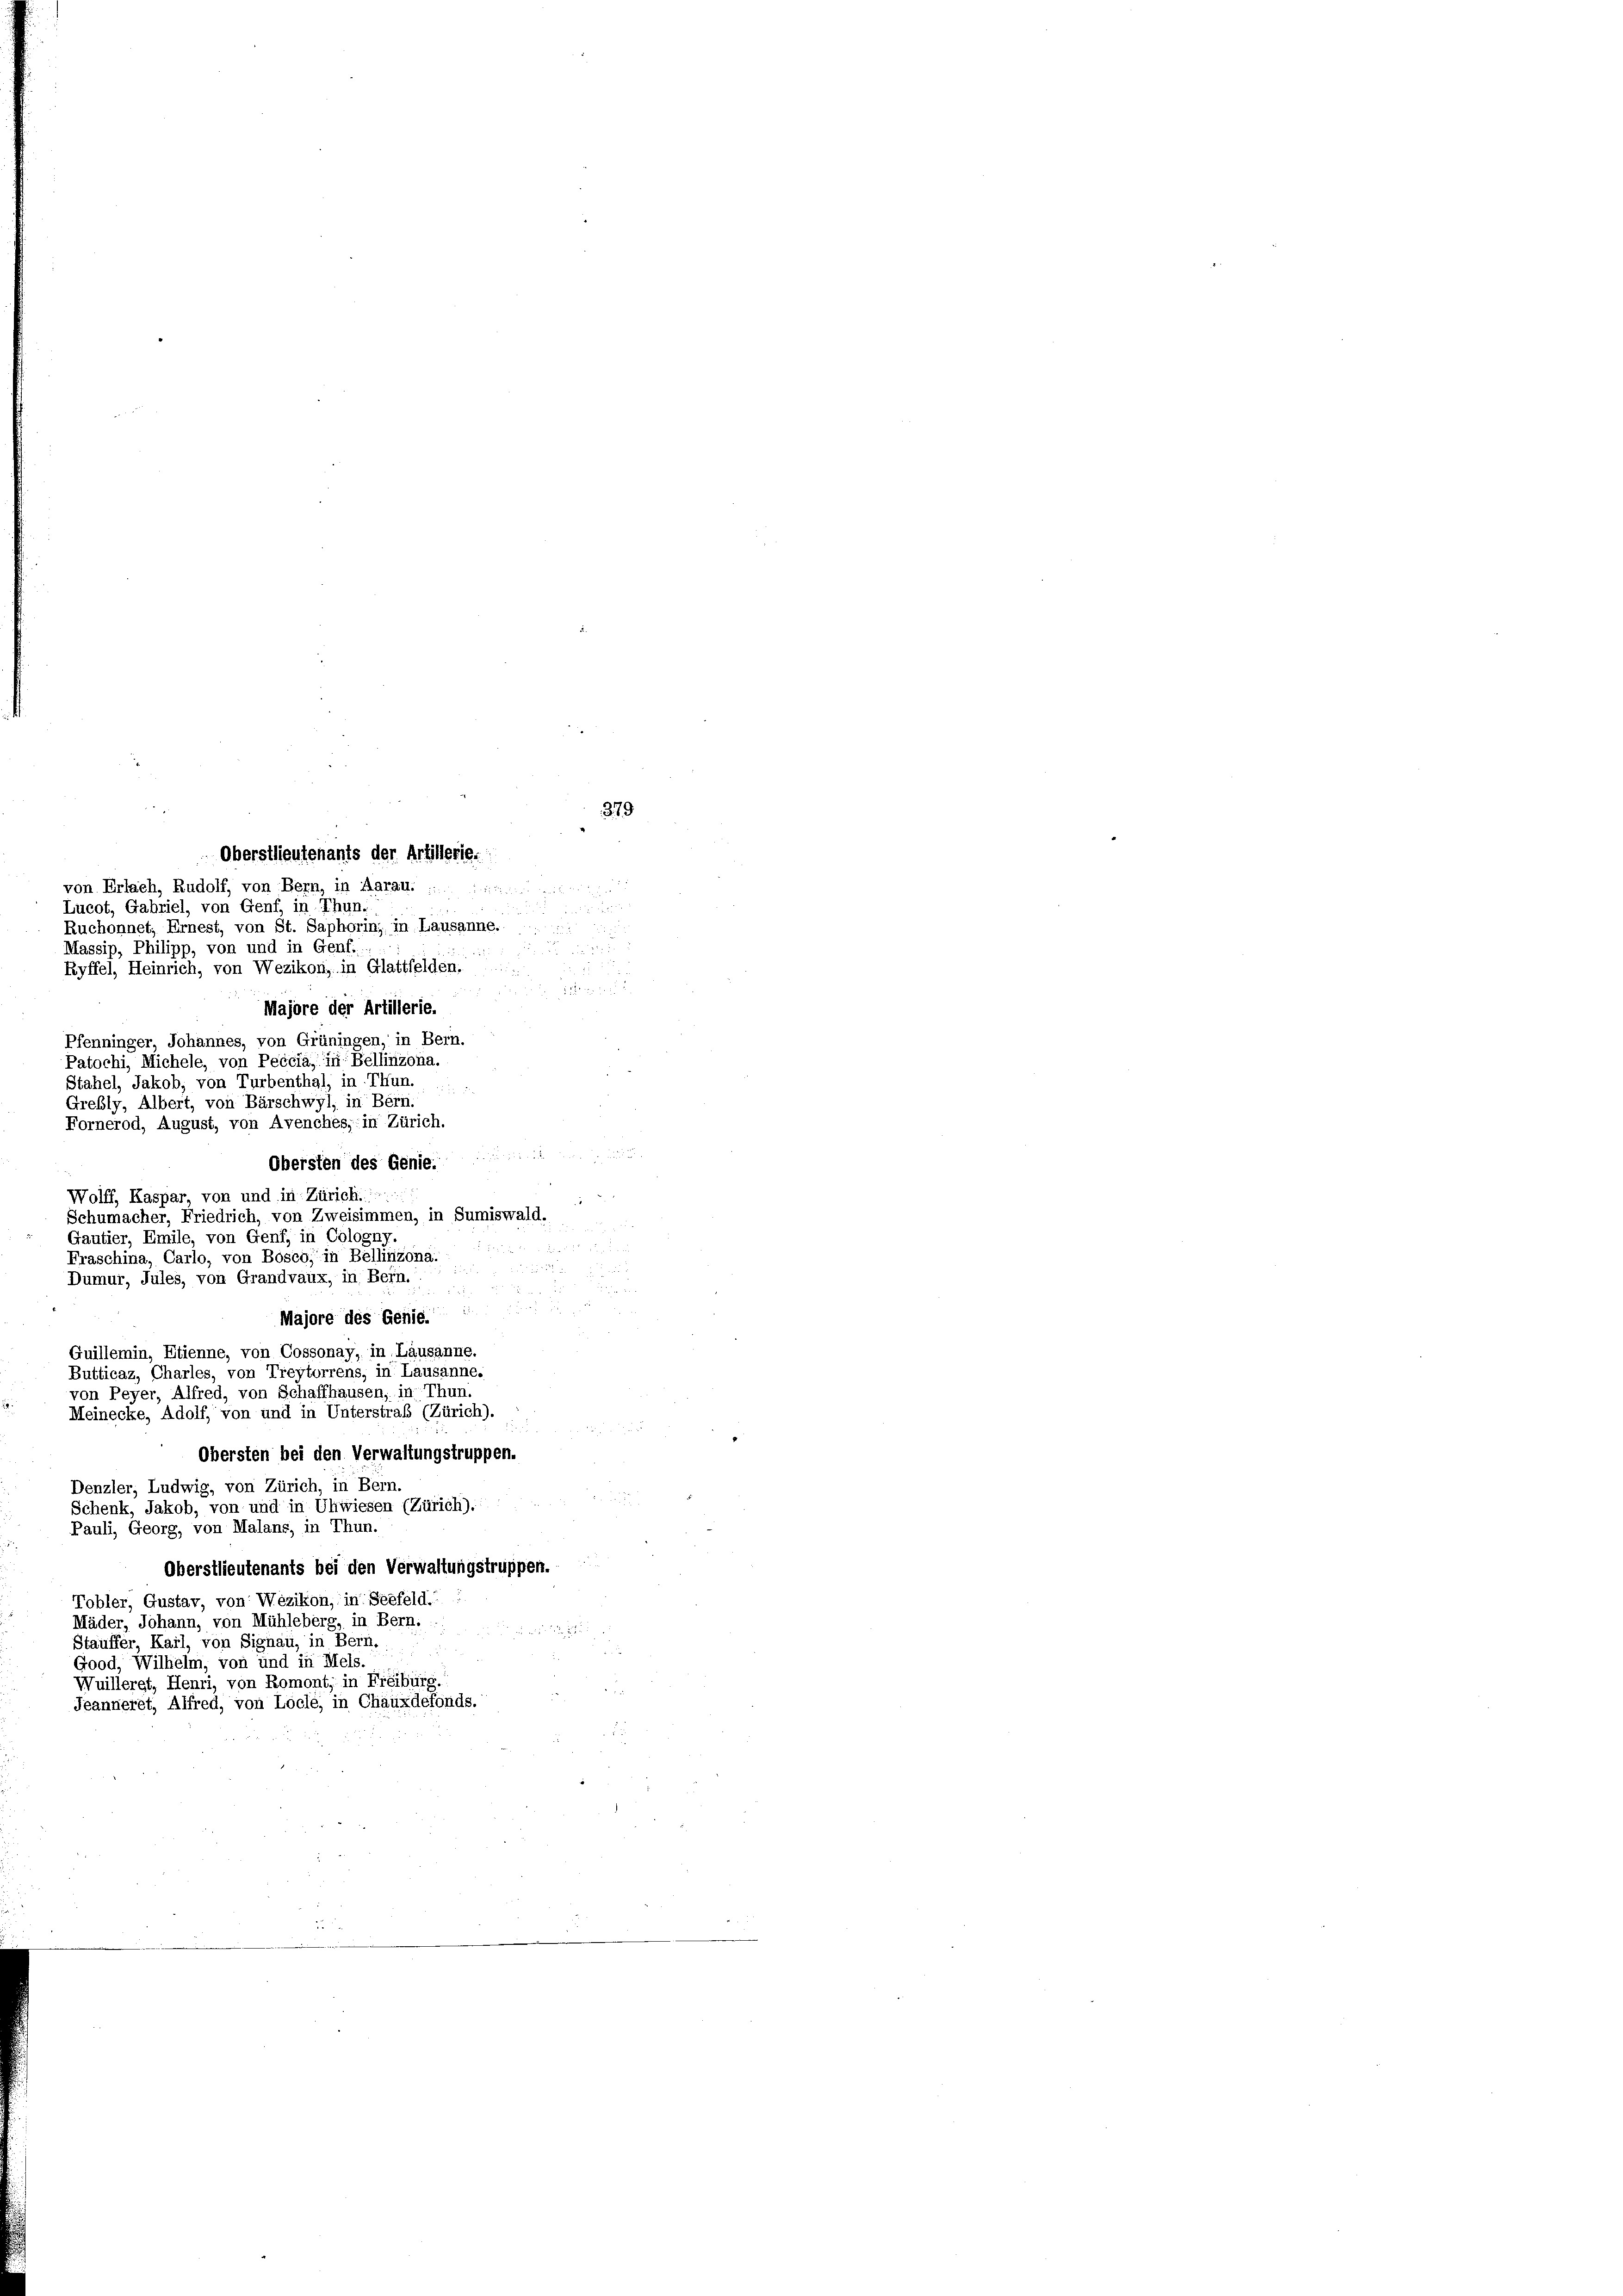
Oberstlieutenants der Artillerie:
von Erlach, Rudolf, von Bern, in Aarau.
Lucot, Gabriel, von Genf, in Thun.
Ruchonnet, Ernest, von St. Saphorin, in Lausanne. ....
Massip, Philipp, von und in Genf.
Ryffel, Heinrich, von Wezikon, in Glattfelden.
1
Majore der Artillerie.
Pfenninger, Johannes, von Grüningen, in Bern.
Patochi, Michele, von Peccia, in Bellinzona.
Stahel, Jakob, von Turbenthal, in Thun.
Grebly, Albert, von Bärschwyl, in Bern.
erod, August, von Avenches, in Zürich.
Fe
5 x
Obersten des Genie:
Wolff, Kaspar, von und in Zürich.)
Schumacher, Friedrich, von Zweisimmen, in Sumiswald,
Gautier, Emile, von Genf, in Cologny

Fraschina, Carlo, von Bosco, in Bellinzona.
Dumur, Jules, von Grandvaux, in Bern.
i

Majore des Genie.
Guillemin, Etienne, von Cossonay, in Lausanne.
Butticaz, Charles, von Treytorrens, in Lausanne.
von Peyer, Alfred, von Schaffhausen, in Thun
Meinecke, Adolf, von und in Unterstraf (Zürich).
Obersten bei den Verwaltungstruppen.
Denzler, Ludwig, von Zürich, in Bern.
Schenk, Jakob, von und in Uhwiesen (Zürich).
Pauli, Georg, von Malans, in Thun.
Oberstlieutenants bei den Verwaltungstruppen.
Tobler, Gustav, von Wezikon, in Seefeld-
Mäder, Johann, von Mühleberg, in Bern.
Stauffer, Karl, von Signau, in Bern.
Good, Wilhelm, von und in Mels.
Wuilleret, Henri, von Romont, in Freiburg.
Jeanneret, Alfred, von Locle, in Chauxdefonds.